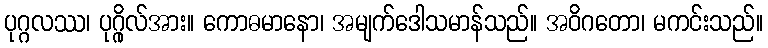
ပုဂ္ဂလဿ၊ ပုဂ္ဂိုလ်အား။ ကောဓမာနော၊ အမျက်ဒေါသမာန်သည်။ အဝိဂတော၊ မကင်းသည်။